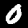
Digit: 0